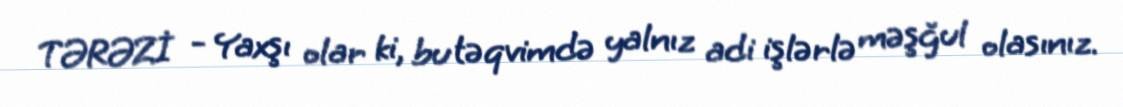
TƏRƏZİ - Yaxşı olar ki, bu təqvimdə yalnız adi işlərlə məşğul olasınız.